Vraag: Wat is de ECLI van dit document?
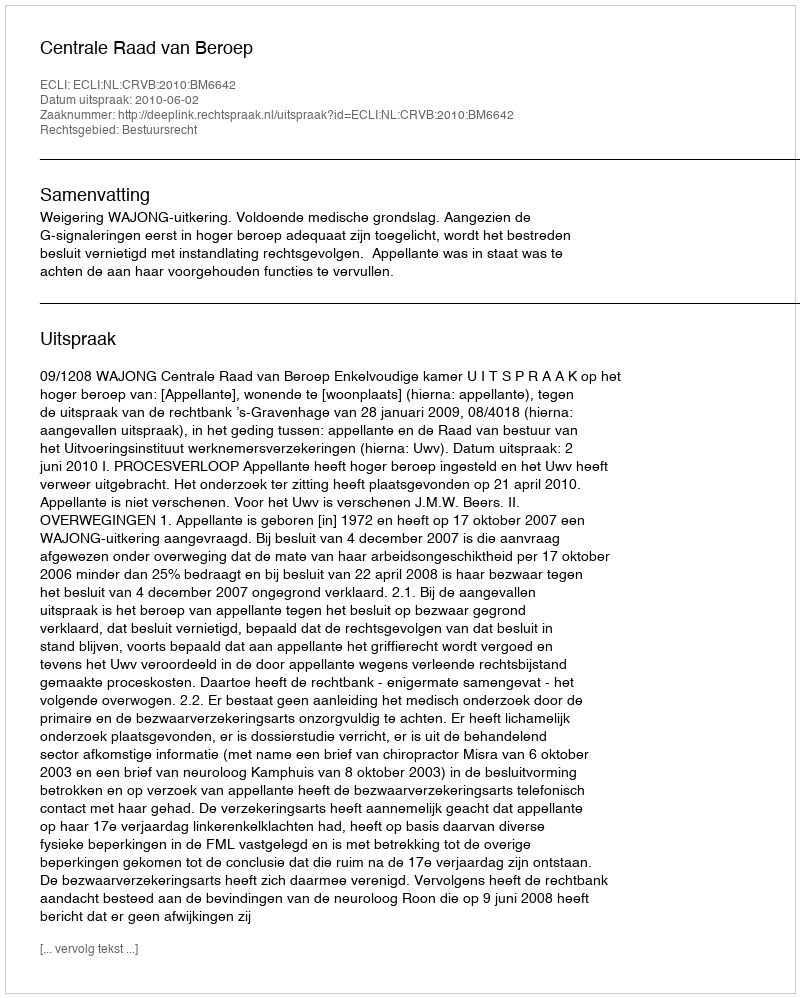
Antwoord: ECLI:NL:CRVB:2010:BM6642